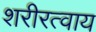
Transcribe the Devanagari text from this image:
शरीरत्वाय